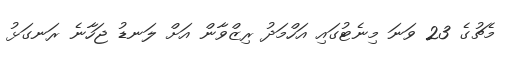
މެޗުގެ 23 ވަނަ މިނެޓުގައި އަހްމަދު ރިޒްވާން އަށް ލަނޑު ޖަހާނެ ރަނގަޅު